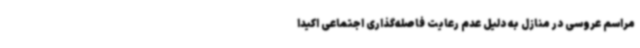
مراسم عروسی در منازل به دلیل عدم رعایت فاصله‌گذاری اجتماعی اکیداً